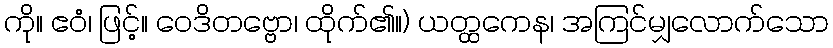
ကို။ ဧဝံ၊ ဖြင့်။ ဝေဒိတဗ္ဗော၊ ထိုက်၏။) ယတ္ထကေန၊ အကြင်မျှလောက်သော